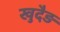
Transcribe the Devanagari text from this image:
खुदैड़